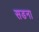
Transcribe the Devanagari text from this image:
सडना